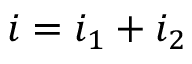
i = i _ { 1 } + i _ { 2 }